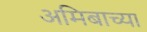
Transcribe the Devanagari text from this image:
अमिबाच्या